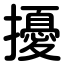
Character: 擾